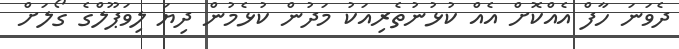
ދެވަނަ ހާފް އެއްކޮށް އެއް ކުޅުނުތެރިއަކު މަދުން ކުޅެމުން ދިޔަ ލިވަޕޫލްގެ ގޯލަށް